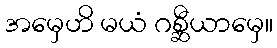
အမှေဟိ မယံ ဂစ္ဆီယာမှေ။